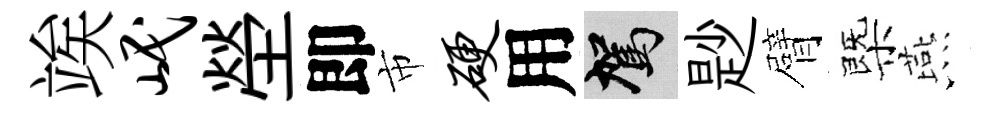
竢岷塋即市硬用駕尟臂㮣燕